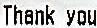
THANK YOU